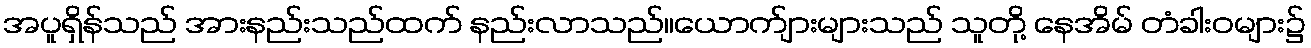
အပူရှိန်သည် အားနည်းသည်ထက် နည်းလာသည်။ယောက်ျားများသည် သူတို့ နေအိမ် တံခါးဝများ၌